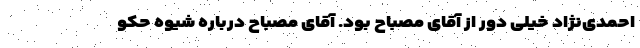
احمدی‌نژاد خیلی دور از آقای مصباح بود. آقای مصباح درباره شیوه حکو